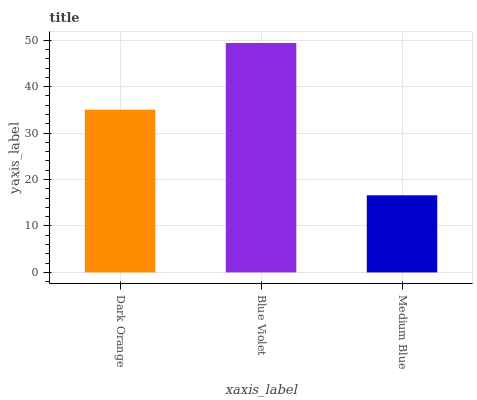
| xaxis_label | bars |
 | --- | --- |
 | Dark Orange | 35 |
 | Blue Violet | 49.4 |
 | Medium Blue | 16.6 |